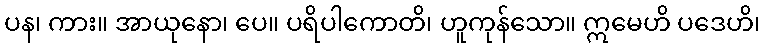
ပန၊ ကား။ အာယုနော၊ ပေ။ ပရိပါကောတိ၊ ဟူကုန်သော။ ဣမေဟိ ပဒေဟိ၊